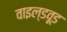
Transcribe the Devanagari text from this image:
वाइल्डवूड